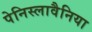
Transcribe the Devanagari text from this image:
पेनिस्लावैनिया